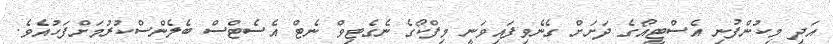
އަދި މިކުންފުނި އެސްޓީއޯގެ ދަށަށް ގެނެވިފައިވަނީ މިފްކޯގެ ނެގެޓިވް ނެޓް އެސެޓްސް ބެލެންސްކުރުމަށްފަހުއެވެ.